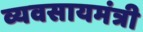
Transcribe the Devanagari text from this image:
व्यवसायमंत्री